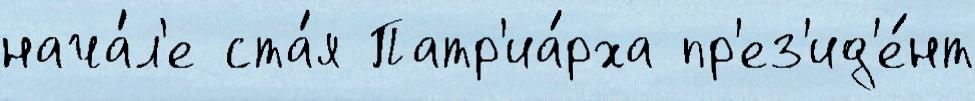
нача́л'е ста́я Патр'иа́рха пр'ез'ид'е́нт